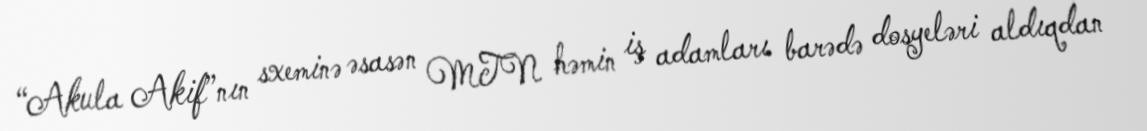
“Akula Akif”nın sxeminə əsasən MTN həmin iş adamları barədə dosyeləri aldıqdan